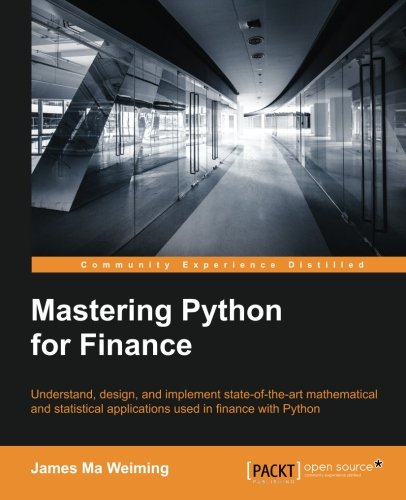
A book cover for Mastering Python for Finance; James Ma Weiming; Computers & Technology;